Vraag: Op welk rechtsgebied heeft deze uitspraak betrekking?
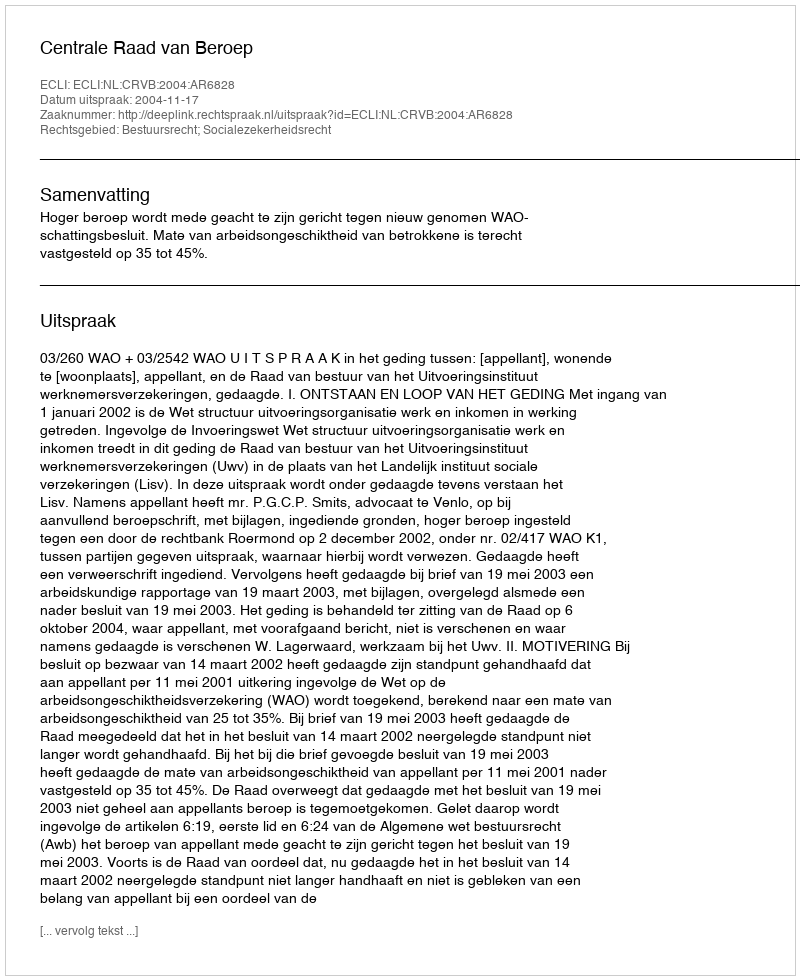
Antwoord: Bestuursrecht; Socialezekerheidsrecht